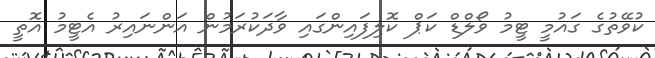
ކުވޭތުގެ ގައުމީ ޓީމު ވޯލްޑް ކަޕް ކޮލިފައިންގައި ވާދަކުރަމުން އަންނައިރު އެޓީމު އޮތީ